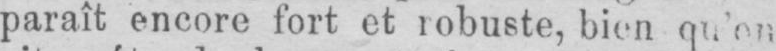
paraît encore fort et robuste, bien qu’en